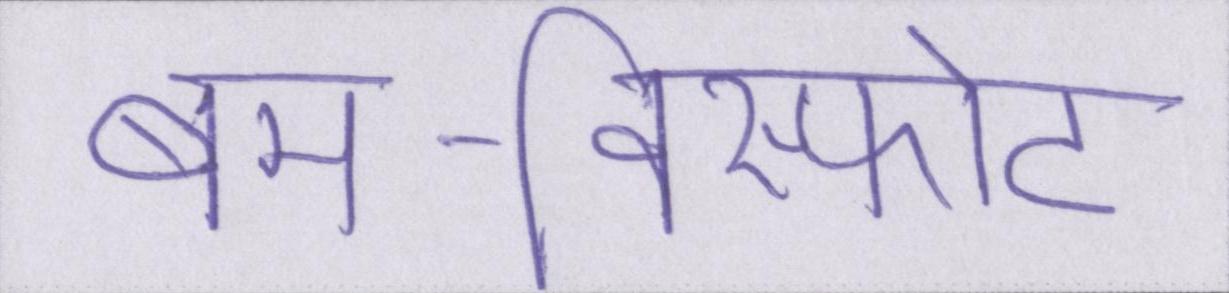
बम-विस्फोट